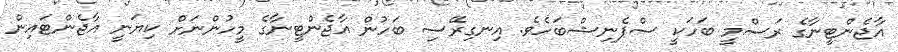
އާޖެންޓީނާގެ ރަސްމީ ބަހަކީ ސްޕެނިޝްބަހެވެ. އިނގިރޭސި ބަހުން އާޖެންޓީނާގެ މީހުންނަށް ކިޔަނީ އާޖެންޓައިން